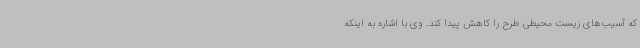
که آسیب‌های زیست محیطی طرح را کاهش پیدا کند. وی با اشاره به اینکه